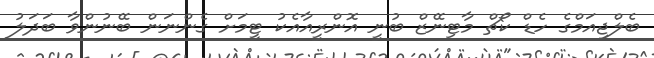
ބެލްޖިއަމްގެ ހެޑް ކޯޗް މާޓިނޭޒް ބުނީ އޮންރީއާއެކު ޓީމަށް ގެންނަން ބޭނުންވާ ބަދަލު